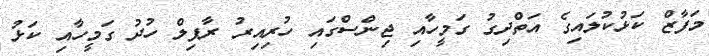
މަފާޒް ކަޅުކުލައިގެ އަތްދިގު ގަމީހާއި ޖިންސްގައި ހުރިއިރު ރާފިލް ހުދު ގަމީހާއި ކަޅު